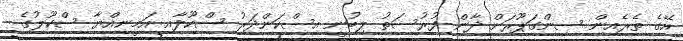
އޭގެ ތެރެއިން ސިންގަޕޫރަށް ދާން ފުރުސަތު ލިބުނީ އިސްކަންދަރު ސްކޫލާއި އަމީނިއްޔާ ސްކޫލުގެ